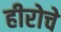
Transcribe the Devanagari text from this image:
हीरोचे